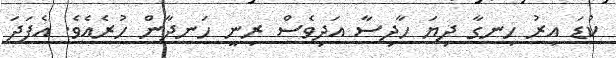
ކުޑަ އިރު ހިނގާ ދިޔަ ހާދިސާ އަދިވެސް ރިނީ ހަނދާން ހުރެއެވެ. އެފަދަ